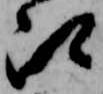
江